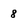
Character: 8